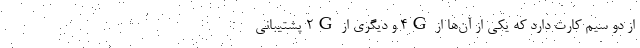
از دو سیم کارت دارد که یکی از آن‌ها از 4G و دیگری از 2G پشتیبانی